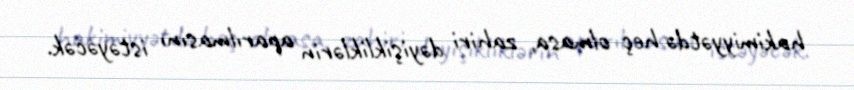
hakimiyyətdə heç olmasa, zahiri dəyişikliklərin aparılmasını istəyəcək.